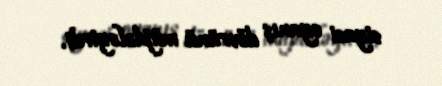
siyasi oyanış dövrünü müjdələyirdi.